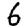
Digit: 6